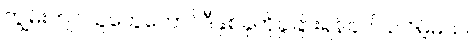
ကျွမ်းကျင်သူတွေတောင်ဒီနှစ်ခုကိုခွဲခြားရန်ခက်ခဲလိမ့်မယ်။